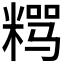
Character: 𱹎